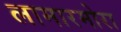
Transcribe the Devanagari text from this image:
लामारमोरा